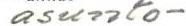
asunto-